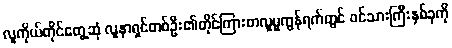
လူကိုယ်တိုင်တွေ့ဆုံ လူနာရှင်တစ်ဦး၏တိုင်ကြားစာလူမှုကွန်ရက်တွင် ဖင်သားကြီးနှစ်ခုကို